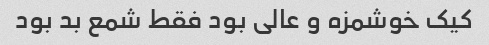
کیک خوشمزه و عالی بود فقط شمع بد بود